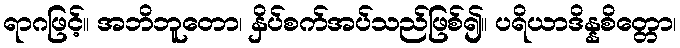
ရာဂဖြင့်။ အဘိဘူတော၊ နှိပ်စက်အပ်သည်ဖြစ်၍။ ပရိယာဒိန္နစိတ္တော၊